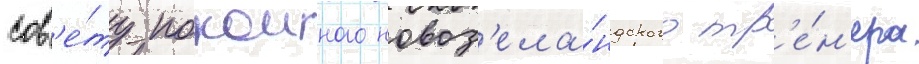
сов'е́ту покоиного новоз'ела́ндского тр'е́н'ера